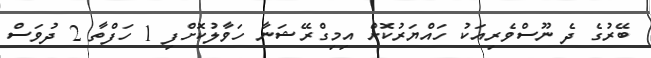
ބޭރުގެ ދެ ނޫސްވެރިއަކު ހައްޔަރުކޮށް އިމިގްރޭޝަނާ ހަވާލުކޮށްފި 1 ހަފްތާ 2 ދުވަސް